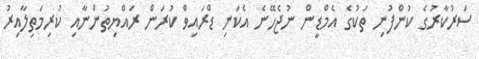
ސަރުކާރުގެ ކުންފުނި ތަކުގެ އެމްޑީން ނުޖެހޭނެ އެކަނި ޑްރައިވް ކުރަން ރައްޔިތުންނާއި ކުރިމަތިލާއިރު